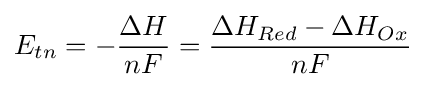
E_{tn}=-{\frac {\Delta H}{nF}}={\frac {\Delta H_{Red}-\Delta H_{Ox}}{nF}}